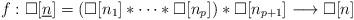
LaTeX: \begin{align*}f:\square[\underline{n}] = (\square[n_1]*\dots *\square[n_p])*\square[n_{p+1}] \longrightarrow \square[n]\end{align*}